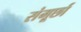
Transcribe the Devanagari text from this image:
संमूर्छा